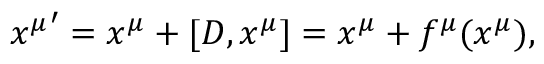
{ x ^ { \mu } } ^ { \prime } = x ^ { \mu } + [ D , x ^ { \mu } ] = x ^ { \mu } + f ^ { \mu } ( x ^ { \mu } ) ,